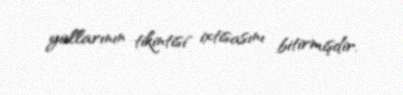
yollarının tikintisi" ixtisasını bitirmişdir.